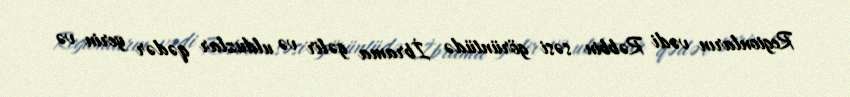
Regionların vədi Rəbbin səsi görüntüdə İbrama gəlir və ulduzlar qədər yerin və